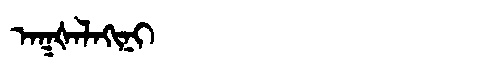
Manchu: ᠠᡴᡧᠠᠯᠠᡴᡳᠨᡳ
Romanization: AKŠALAKINI